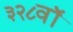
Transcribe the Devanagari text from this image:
३२८वॉ